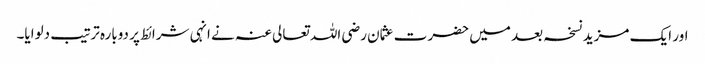
اور ایک مزید نسخہ بعد میں‌ حضرت عثمان رضی اللہ تعالی عنہ نے انہی شرائط پر دوبارہ ترتیب دلوایا۔